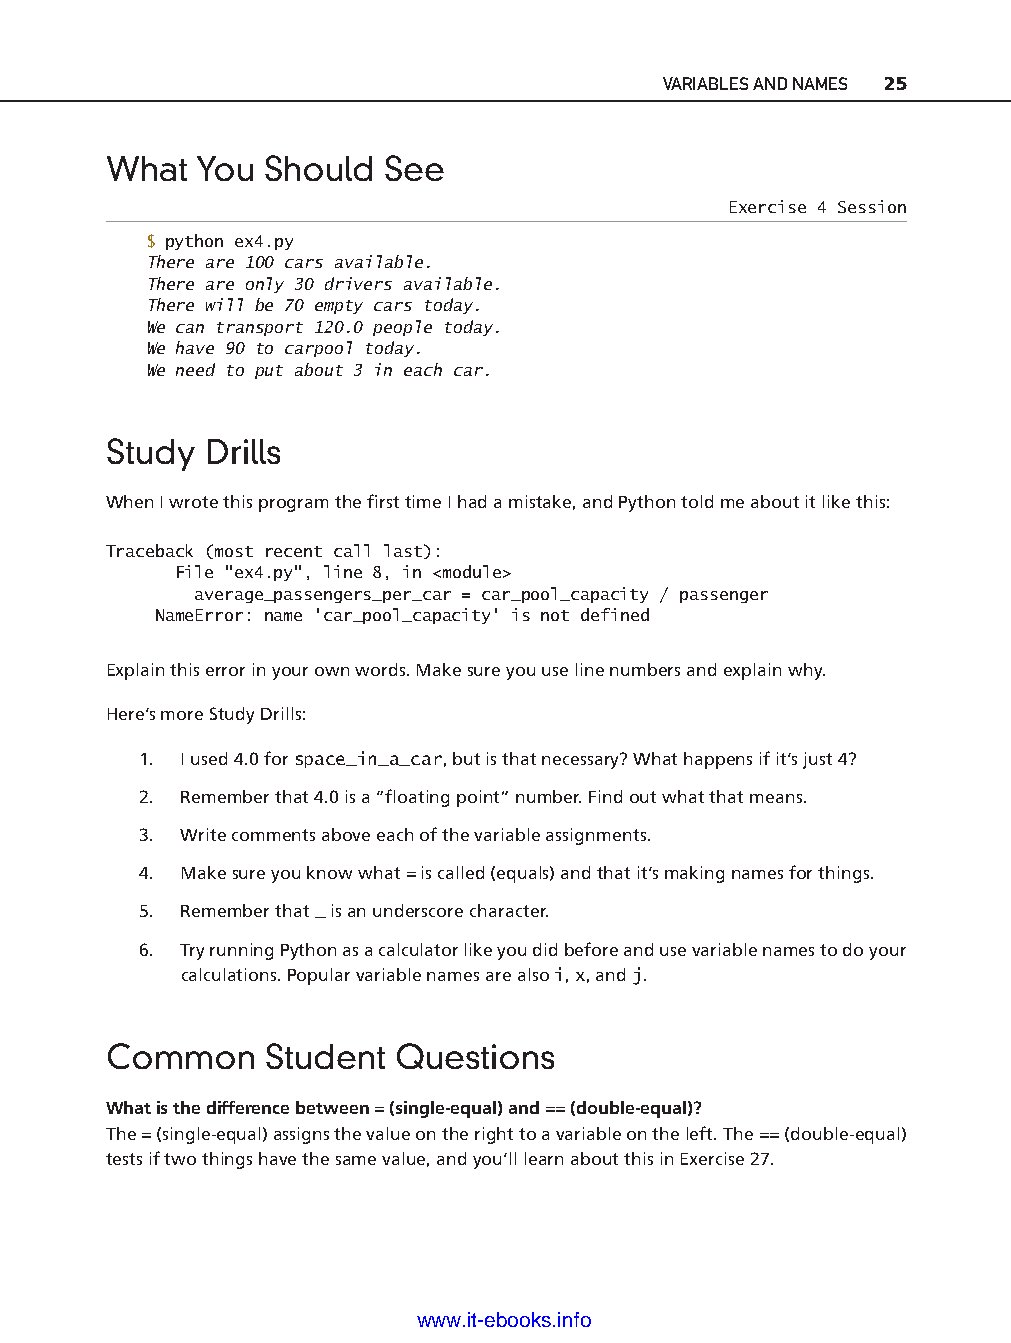
VARIABLES AND NAMES 25
 What  You  Should  See
 Exercise 4 Session
 $ python ex4.py
 There are 100 cars available.
 There are only 30 drivers available.
 There will be 70 empty cars today.
 We can transport 120.0 people today.
 We have 90 to carpool today.
 We need to put about 3 in each car.
 Study  Drills
 When I wrote this program the fi rst time I had a mistake, and Python told me about it like this:
 Traceback (most recent call last):
 File "ex4.py", line 8, in <module>
 average_passengers_per_car = car_pool_capacity / passenger
 NameError: name 'car_pool_capacity' is not defined
 Explain this error in your own words. Make sure you use line numbers and explain why.
 ptg11539604
 Here’s more Study Drills:
 1. I used 4.0 for space_in_a_car, but is that necessary? What happens if it’s just 4?
 2. Remember that 4.0 is a “fl oating point” number. Find out what that means.
 3. Write comments above each of the variable assignments.
 4. Make sure you know what = is called (equals) and that it’s making names for things.
 5. Remember that _ is an underscore character.
 6. Try running Python as a calculator like you did before and use variable names to do your
 calculations. Popular variable names are also i, x, and j.
 Common     Student  Questions
 What is the difference between = (single- equal) and == (double- equal)?
 The = (single- equal) assigns the value on the right to a variable on the left. The == (double- equal)
 tests if two things have the same value, and you’ll learn about this in Exercise 27.
 www.it-ebooks.info